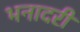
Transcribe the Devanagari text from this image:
भनादरी